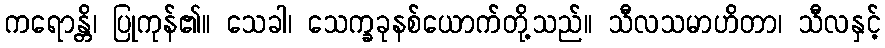
ကရောန္တိ၊ ပြုကုန်၏။ သေခါ၊ သေက္ခခုနစ်ယောက်တို့သည်။ သီလသမာဟိတာ၊ သီလနှင့်